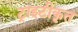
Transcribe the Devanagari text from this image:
ट्राइटीकृत